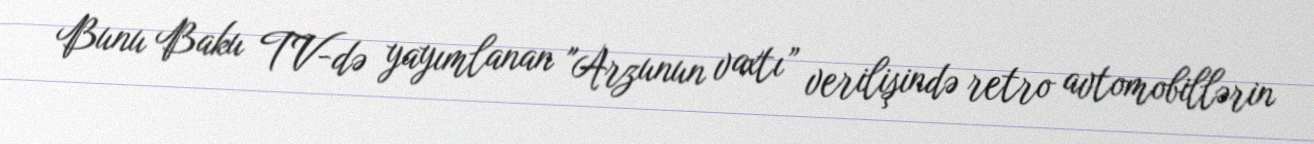
Bunu Baku TV-də yayımlanan "Arzunun vaxtı” verilişində retro avtomobillərin